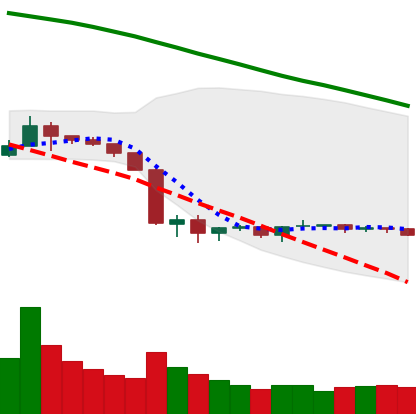
Ticker: BNB-USD
Chart end date: 2019-10-06
Forward return: 8.864%
Label: up_7plus